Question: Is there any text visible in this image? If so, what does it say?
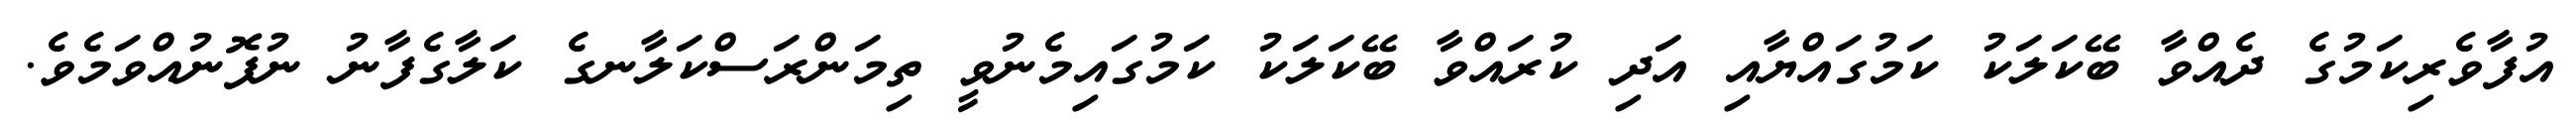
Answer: އުފާވެރިކަމުގެ ދެއްވާ ބޭކަލަކު ކަމުގައްޔާއި އަދި ކުރައްވާ ބޭކަލަކު ކަމުގައިމެނުވީ ތިމަންރަސްކަލާނގެ ކަލާގެފާނު ނުފޮނުއްވަމެވެ.